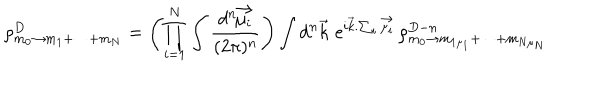
\rho _ { m _ { 0 } \rightarrow m _ { 1 } + \cdots + m _ { N } } ^ { D } = \left( \prod _ { i = 1 } ^ { N } \int \frac { d ^ { n } \! \vec { \mu _ { i } } } { ( 2 \pi ) ^ { n } } \right) \int d ^ { n } \vec { k } \, \, \mathrm { e } ^ { i \vec { k } . \sum _ { i } \vec { \mu _ { i } } } \, \rho _ { m _ { 0 } \rightarrow m _ { 1 \mu _ { 1 } } + \cdots + m _ { N \mu _ { N } } } ^ { D - n }